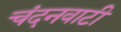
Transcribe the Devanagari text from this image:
चंदनवाटी